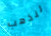
لنذهب